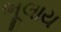
ભૂલાય